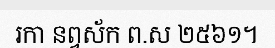
រកា នព្វស័ក ព.ស ២៥៦១។